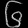
Digit: ၆